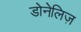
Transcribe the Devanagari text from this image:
डोनेलिज़